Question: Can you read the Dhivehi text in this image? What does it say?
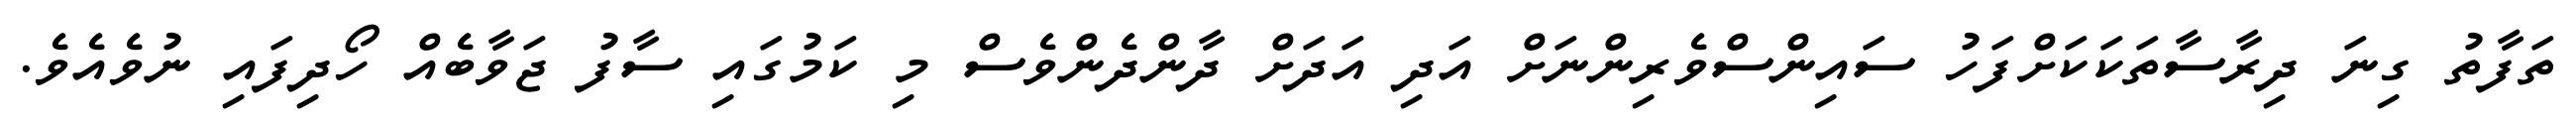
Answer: ތަފާތު ގިނަ ދިރާސާތަކަކަށްފަހު ސައިންސްވެރިންނަށް އަދި އަދަށް ދާންދެންވެސް މި ކަމުގައި ސާފު ޖަވާބެއް ހޯދިފައި ނުވެއެވެ.